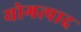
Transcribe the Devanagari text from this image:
योगत्पाद